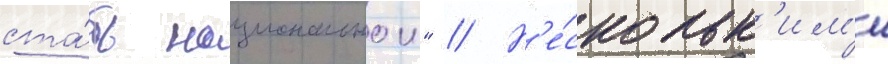
ста́ть национальнои" // Н'е́скольк'им'и